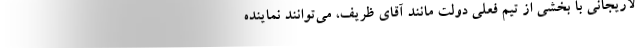
لاریجانی با بخشی از تیم فعلی دولت مانند آقای ظریف، می‌توانند نماینده